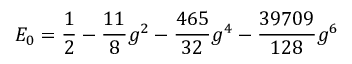
E _ { 0 } = \frac { 1 } { 2 } - \frac { 1 1 } { 8 } g ^ { 2 } - \frac { 4 6 5 } { 3 2 } g ^ { 4 } - \frac { 3 9 7 0 9 } { 1 2 8 } g ^ { 6 }